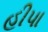
હીપા